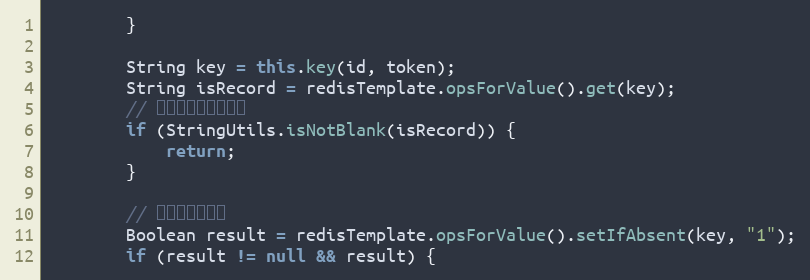
Language: Java
        }

        String key = this.key(id, token);
        String isRecord = redisTemplate.opsForValue().get(key);
        // 如果已经记录，结束
        if (StringUtils.isNotBlank(isRecord)) {
            return;
        }

        // 处理并发的问题
        Boolean result = redisTemplate.opsForValue().setIfAbsent(key, "1");
        if (result != null && result) {